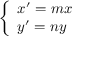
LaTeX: \left\{ \begin{array} { l l } { x ^ { \prime } = m x } \\ { y ^ { \prime } = n y } \end{array} \right.